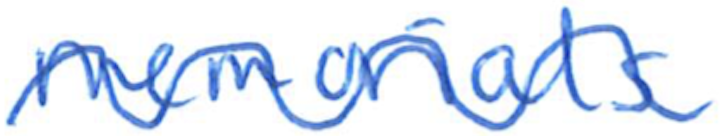
Text: memorials
Cross-out: wave
Writing tool: ballpoint